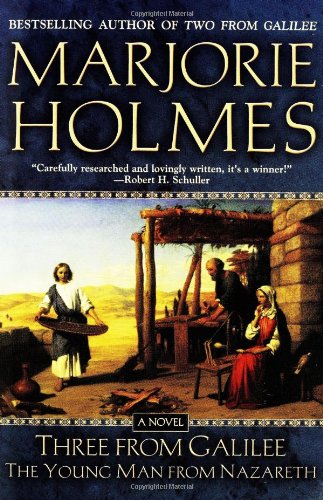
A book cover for Three From Galilee: The Young Man from Nazareth; Marjorie Holmes; Christian Books & Bibles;